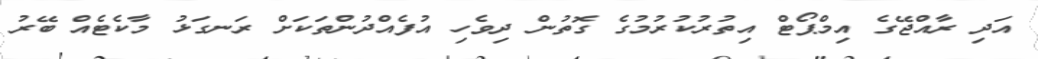
އަދި ރާއްޖޭގެ އިމްޕޯޓް އިތުރުކުރުމުގެ ގޮތުން ދިވެހި އުފެއްދުންތަކަށް ރަނގަޅު މާކެޓެއް ބޭރު